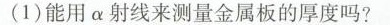
(1)能用a射线来测量金属板的厚度吗?